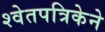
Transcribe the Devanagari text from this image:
श्वेतपत्रिकेने